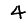
Digit: 4